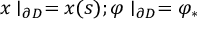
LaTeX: x \mid _ { \partial D } = x ( s ) ; \varphi \mid _ { \partial D } = \varphi _ { * }